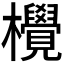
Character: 𪴤